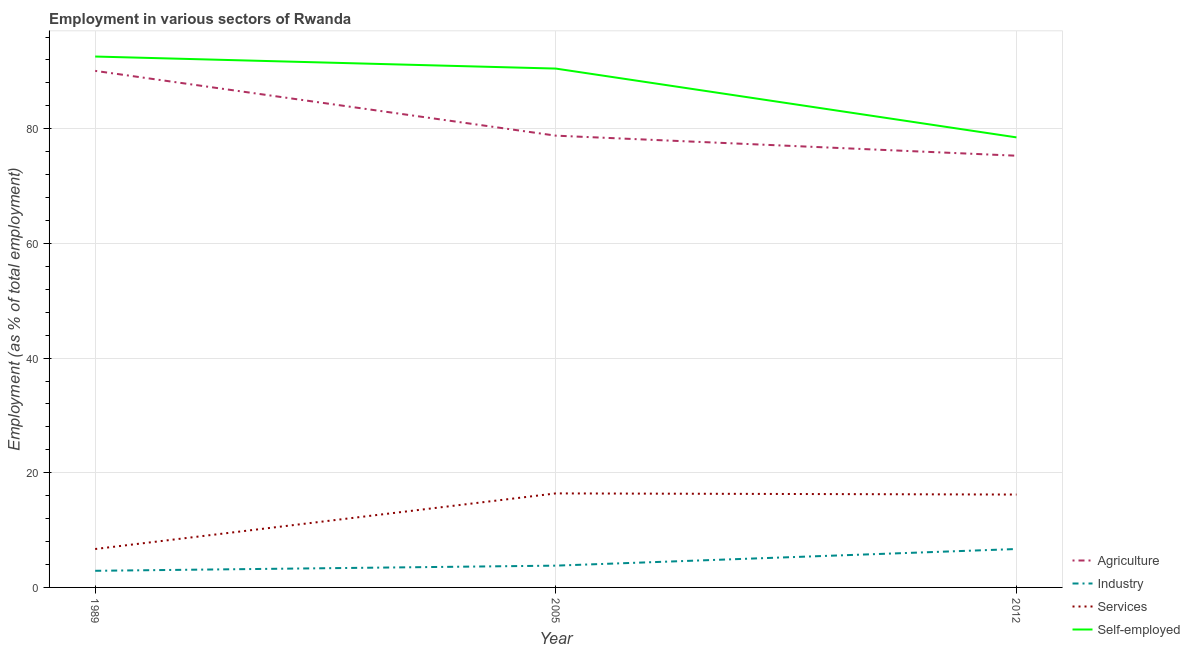
| Year | Agriculture | Industry | Services | Self-employed |
 | --- | --- | --- | --- | --- |
 | 1989 | 90.1 | 2.9 | 6.7 | 92.6 |
 | 2005 | 78.8 | 3.8 | 16.4 | 90.5 |
 | 2012 | 75.3 | 6.7 | 16.2 | 78.5 |